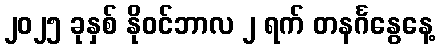
၂၀၂၅ ခုနှစ် နိုဝင်ဘာလ ၂ ရက် တနင်္ဂနွေနေ့